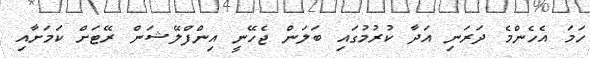
ހަމަ އެހެންމެ ދަރަނި އަދާ ކުރުމުގައި ބަލަން ޖެހޭނީ އިންފްލޭޝަން ރޭޓަށް ކަމަށާއި